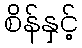
စိန်နှင့်